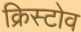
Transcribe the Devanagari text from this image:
क्रिस्टोव